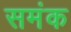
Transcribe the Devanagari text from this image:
समंक